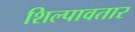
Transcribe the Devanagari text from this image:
शिल्पावतार